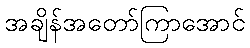
အချိန်အတော်ကြာအောင်